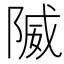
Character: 隇